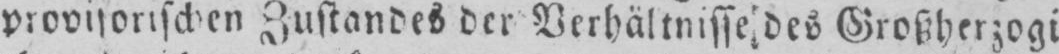
provisorischen Zustandes der Verhältnisse des Großherzogi